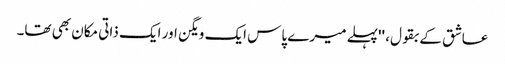
عاشق کے بقول، ''پہلے میرے پاس ایک ویگن اور ایک ذاتی مکان بھی تھا۔